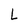
Character: L